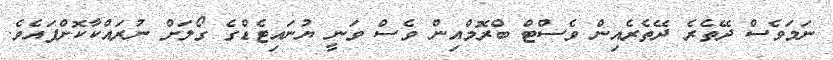
ނަމަވެސް ދޭތެރެ ދޭތެރެއިން ވެސްޓް ބްރޮމްއިން ވެސް ވަނީ ޔުނައިޓެޑްގެ ގޯލަށް ނުރައްކާކޮށްފައެވެ.